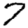
Digit: 7